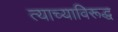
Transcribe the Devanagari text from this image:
त्याच्याविरूद्ध